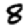
Digit: 8